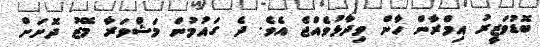
ބޮޑުވަޒީރު އިމްރާން ހާން ވިދާޅުވެއްޖެ އެވެ. ދެ ގައުމުން މަޝްވަރާ މޭޒު ދޮށަށް